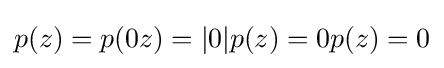
p(z)=p(0z)=|0|p(z)=0p(z)=0